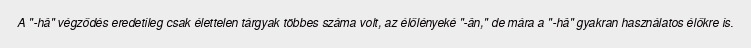
A "-hâ" végződés eredetileg csak élettelen tárgyak többes száma volt, az élőlényeké "-ân," de mára a "-hâ" gyakran használatos élőkre is.